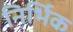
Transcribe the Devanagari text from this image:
निर्भिक